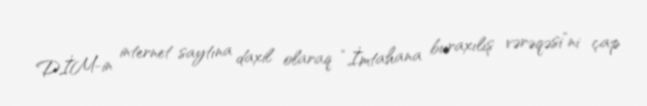
DİM-in internet saytına daxil olaraq “İmtahana buraxılış vərəqəsi”ni çap